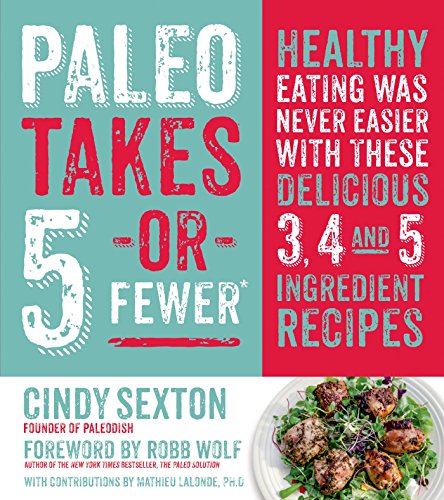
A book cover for Paleo Takes 5 - Or Fewer: Healthy Eating was Never Easier with These Delicious 3, 4 and 5 Ingredient Recipes; Cindy Sexton; Cookbooks, Food & Wine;